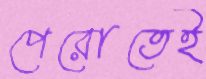
পেরোতেই